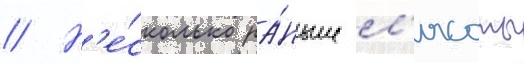
// Н'е́сколько ра́ньше л'ясоты